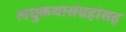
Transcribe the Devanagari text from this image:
लघुकथासंग्रहांसह